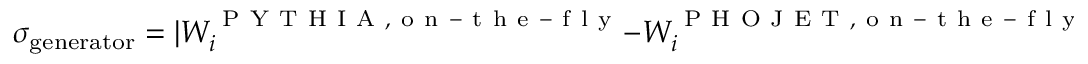
\sigma _ { \mathrm { g e n e r a t o r } } = | { W } _ { i } ^ { \mathrm { ~ P ~ Y ~ T ~ H ~ I ~ A ~ , ~ o ~ n ~ - ~ t ~ h ~ e ~ - ~ f ~ l ~ y ~ } } - { W } _ { i } ^ { \mathrm { ~ P ~ H ~ O ~ J ~ E ~ T ~ , ~ o ~ n ~ - ~ t ~ h ~ e ~ - ~ f ~ l ~ y ~ } } | ,